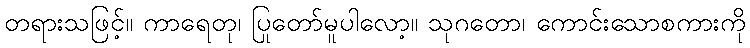
တရားသဖြင့်။ ကာရေတု၊ ပြုတော်မူပါလော့။ သုဂတော၊ ကောင်းသောစကားကို